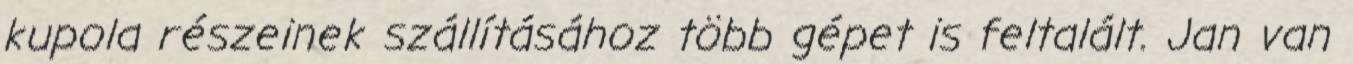
kupola részeinek szállításához több gépet is feltalált. Jan van